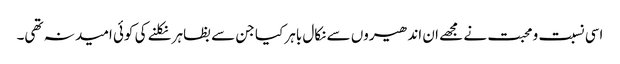
اسی نسبت و محبت نے مجھے ان اندھیروں سے نکال باہر کیا جن سے بظاہر نکلنے کی کوئی امید نہ تھی۔